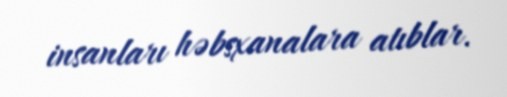
insanları həbsxanalara atıblar.